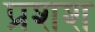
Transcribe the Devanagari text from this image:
प्रशश